Senior Leaving Certificate Examination (including Day School Certificate (Higher) General paper), 1946
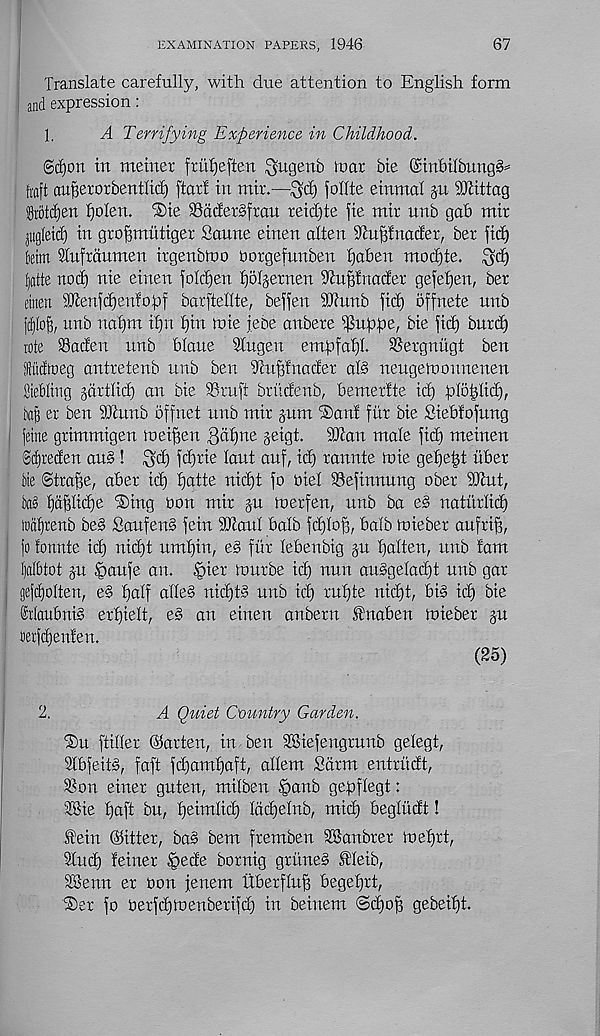
EXAMINATION PAPERS, 1946
67
Translate carefully, with due attention to English form
and expression:
1,
A Terrifying Experience in Childhood.
Sdjoit in meiner frufjeften $ugenb luat bte @inf)tlbnng§=
Iraft aufjetorbentlid) ftarf in mir.—follte einmal p fOtittag
Srotcfien f)olen. ®ie 33a(fer§fran reid)te fie mir nnb gab mir
jugleicf) in grofimittiger Saune einen alten Dcufdnader, ber fid)
kim dufraumen irgenbtno borgefnnben fjaben mod)te. ^d)
^atte nod) nie einen foldjen f)5I§ernen S'htpiiader gefefjen, ber
einen penfc^enfopf barftellte, beffen ibiunb fid) offnete nnb
ftflloB, unb naf)m if)n f)in toie jebe anbere i^uppe, bie fid) burd)
tote SSaden unb Plane 2lngen empfapl SSergniigt ben
tiidtoeg antretenb unb ben Siufffnader al§ neugetoonnenen
Btebliiig jdrtlid) an bie 93ruft brudenb, bemerfte id) ploplid),
er ben 9Jiunb offnet nnb mir pm ®anf fiir bie Siebfofnng
feme grimmigen tueipen ^dpne geigt. dllan male fid) metnen
®dE)recfen an§ ! ^d) fcprie lant auf, id) rannte h)ie gepept iiber
Me ©trape, aber id) patte nid)t fo oiel iBefinnung ober 9Jiut,
ba§ pdplicpe iSing bon mir gu hterfen, unb ba e§ natitrlid)
todlirenb be§ Saufen§ fein Sbianl balb fdjlop, balb boieber aufrip,
fo fonnte id) nitpt umpin, e§ fur lebenbig gu palten, unb fam
l)aIbtot gu §aufe an. tpier tuurbe id) nun au§gelad)t unb gar
geftpolten, e§ palf alle§ nicptS unb id) rupte nicpt, bi§ icp bie
felaubni§ erpielt, e§ an einen anbern $naben tviebex gu
terfcpenfen.
(25)
2.
A Quiet Country Garden.
;Du [tiller ©arten, in ben SBiefengruub gelegt,
2lbfeit§, [aft fcpampaft, allem Sdrm entrudt,
SSon einer guten, milben |>anb gepflegt:
5®ie paft bu, peimlicp Idcpelnb, mid) begludt!
Jfein ©itter, bas bem fremben SBanbrer tueprt,
Stud) feiner tpede bornig gritneS fleib,
23enn er bon jenem Uberflup begeprt,
fo berfcpboenberifd) in beiuem @cpop gebeipt.